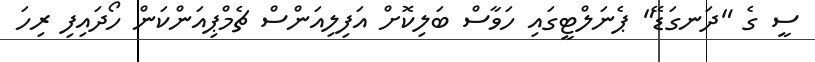
ސީ ގެ "ދަނގަޑޭ" ޕެނަލްޓީގައި ހަވާސް ބަލިކޮށް އަފިލިއަންސް ޗެމްޕިއަންކަން ހޯދައިފި ރިހަ